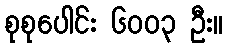
စုစုပေါင်း ၆၀၀၃ ဦး။